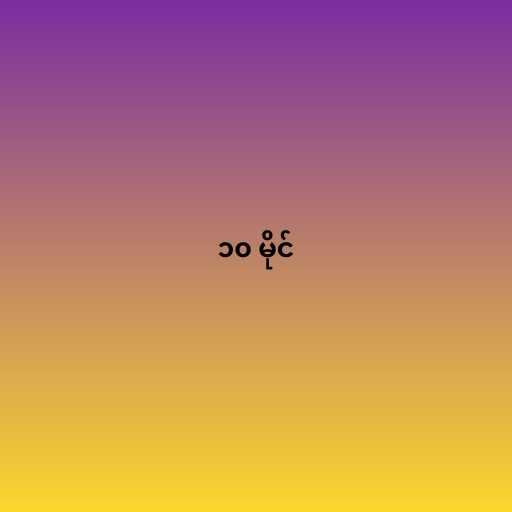
၁၀ မိုင်